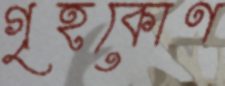
গৃহকোণ